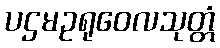
ပဌမဥရုဝေလသုတ္တံ